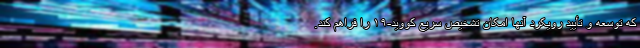
که توسعه و تأیید رویکرد آنها امکان تشخیص سریع کووید-۱۹ را فراهم کند.